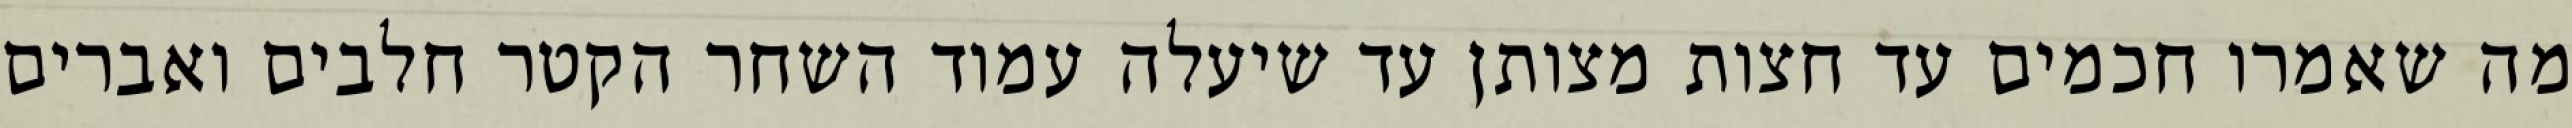
מה שאמרו חכמים עד חצות מצותן עד שיעלה עמוד השחר הקטר חלבים ואברים